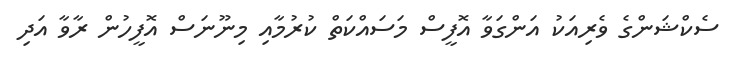
ސެކްޝަންގެ ވެރިއަކު އަންގަވާ އޮފީސް މަސައްކަތް ކުރުމާއި މިނޫނަސް އޮފީހުން ރާވާ އަދި